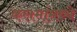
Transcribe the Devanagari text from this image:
कलमांमध्ये